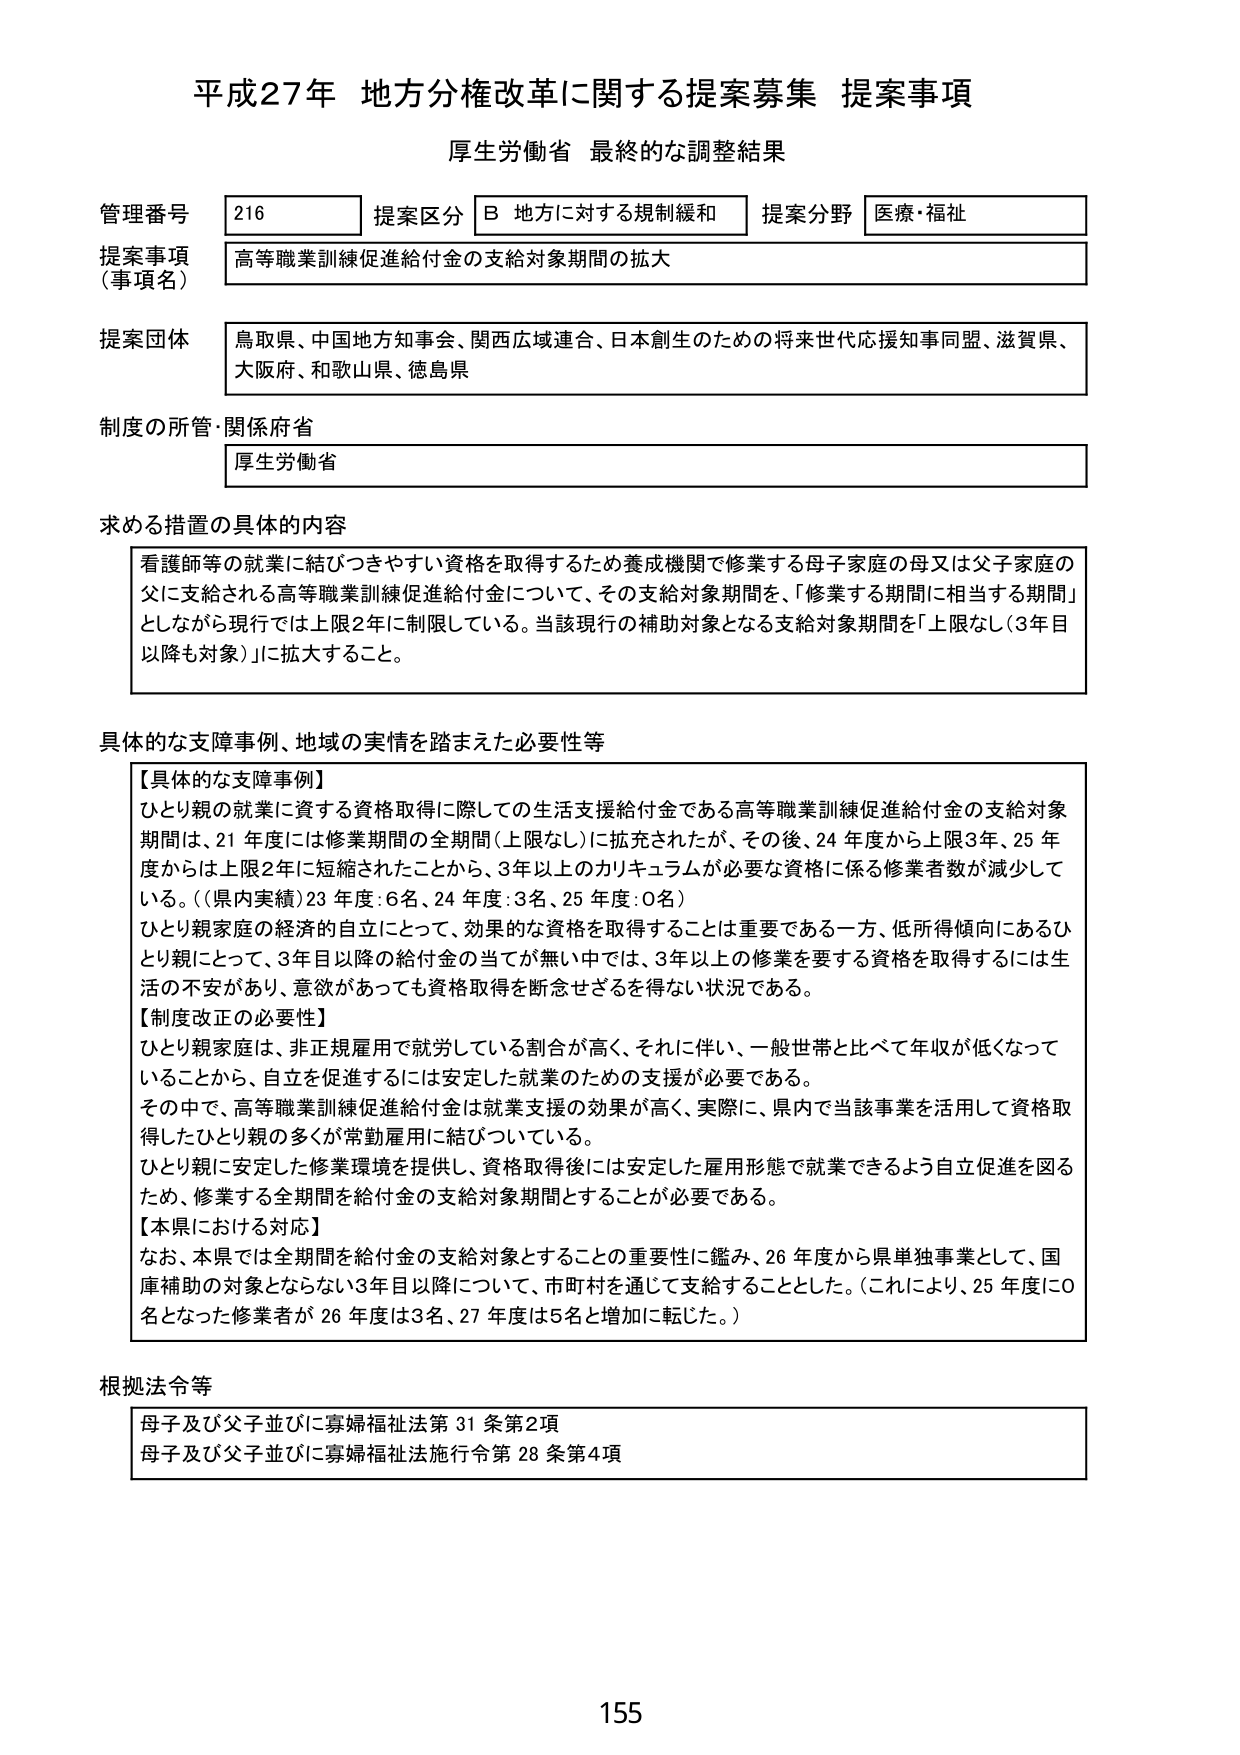
平成27年 地方分権改革に関する提案募集 提案事項
厚生労働省 最終的な調整結果

管理番号 216 提案区分 B 地方に対する規制緩和 提案分野 医療・福祉
提案事項（事項名） 高等職業訓練促進給付金の支給対象期間の拡大
提案団体 鳥取県、中国地方知事会、関西広域連合、日本創生のための将来世代応援知事同盟、滋賀県、大阪府、和歌山県、徳島県
制度の所管・関係府省 厚生労働省

求める措置の具体的な内容
看護師等の就業に結びつきやすい資格を取得するため養成機関で修業する母子家庭の母又は父子家庭の父に支給される高等職業訓練促進給付金について、その支給対象期間を、「修業する期間に相当する期間」としながら現行では上限2年に制限している。当該現行の補助対象となる支給対象期間を「上限なし（3年目以降も対象）」に拡大すること。

具体的な支障事例、地域の実情を踏まえた必要性等
【具体的な支障事例】
ひとり親の就業に資する資格取得に際しての生活支援給付金である高等職業訓練促進給付金の支給対象期間は、21年度には修業期間の全期間（上限なし）に拡充されたが、その後、24年度から上限3年、25年度からは上限2年に短縮されたことから、3年以上のカリキュラムが必要な資格に係る修業者数が減少している。（県内実績）23年度：6名、24年度：3名、25年度：0名）
ひとり親家庭の経済的自立にとって、効果的な資格を取得することは重要である一方、低所得傾向にあるひとり親にとって、3年目以降の給付金の当てが無い中では、3年以上の修業を要する資格を取得するには生活の不安があり、意欲があっても資格取得を断念せざるを得ない状況である。
【制度改正の必要性】
ひとり親家庭は、非正規雇用で就労している割合が高く、それに伴い、一般世帯と比べて年収が低くなっていることから、自立を促進するには安定した就業のための支援が必要である。
その中で、高等職業訓練促進給付金は就業支援の効果が高く、実際に、県内で当該事業を活用して資格取得したひとり親の多くが常勤雇用に結びついている。
ひとり親に安定した修業環境を提供し、資格取得後には安定した雇用形態で就業できるよう自立促進を図るため、修業する全期間を給付金の支給対象期間とすることが必要である。
【本県における対応】
なお、本県では全期間を給付金の支給対象とすることの重要性に鑑み、26年度から県単独事業として、国庫補助の対象とならない3年目以降について、市町村を通じて支給することとした。（これにより、25年度に0名となった修業者が26年度は3名、27年度は5名と増加に転じた。）

根拠法令等
母子及び父子並びに寡婦福祉法第31条第2項
母子及び父子並びに寡婦福祉法施行令第28条第4項

155